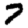
Digit: 7